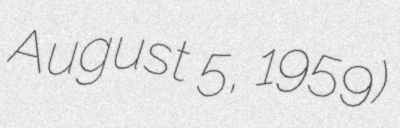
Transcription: August 5, 1959)